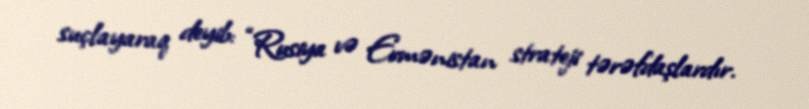
suçlayaraq deyib: “Rusiya və Ermənistan strateji tərəfdaşlardır.